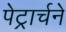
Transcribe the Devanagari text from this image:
पेट्रार्चने